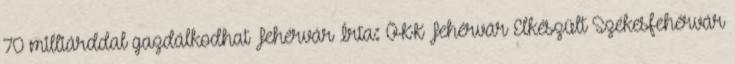
70 milliárddal gazdálkodhat Fehérvár Írta: ÖKK Fehérvár Elkészült Székesfehérvár